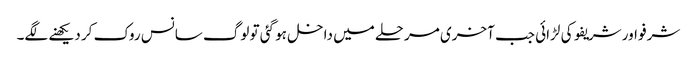
شرفو اور شریفو کی لڑائی جب آخری مرحلے میں داخل ہو گئی تو لوگ سانس روک کر دیکھنے لگے۔